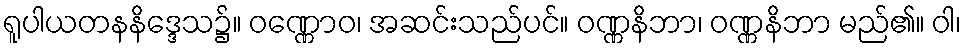
ရူပါယတနနိဒ္ဒေသ၌။ ဝဏ္ဏောဝ၊ အဆင်းသည်ပင်။ ဝဏ္ဏနိဘာ၊ ဝဏ္ဏနိဘာ မည်၏။ ဝါ၊